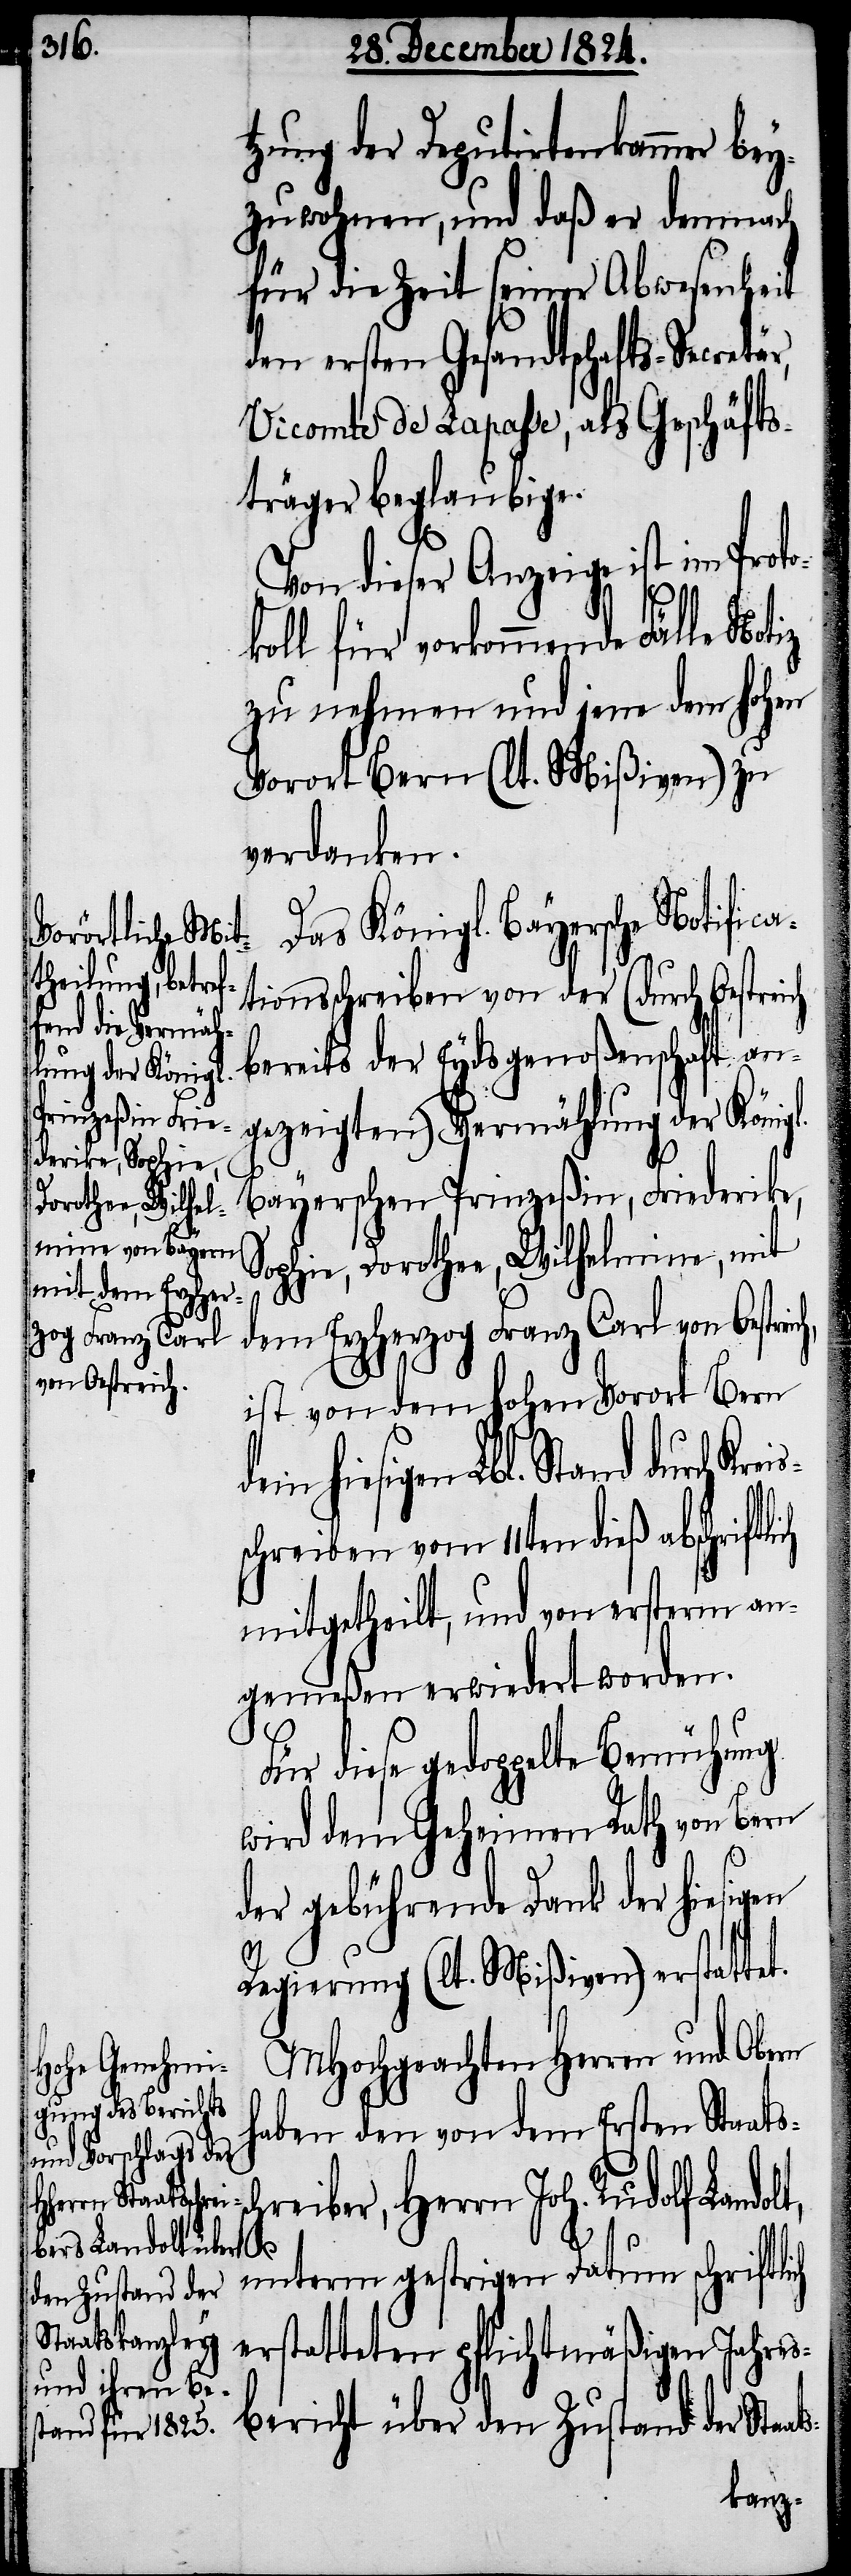
tzung der Deputirtenkammer be¬
yzuwohnen, und daß er demnach
für die Zeit seiner Abwesenheit
den ersten Gesandtschafts-Secretär,
Vicomte de Lapasse, als Geschäfts¬
träger beglaubige.
Von dieser Anzeige ist im Proto¬
koll für vorkommende Fälle Notiz
zu nehmen und jene dem hohen
Vorort Bern (lt. Mißiven) zu
verdanken.
Lbl. Stand durch Kreis¬
tionsschreiben von der (durch Oestrei¬
bereits der Eydsgenoßenschaft an¬
gezeigten) Vermählung der Köni¬
Bayerschen Prinzeßin, Friederike,
Sophie, Dorothee, Wilhelmine, mit
dem Erzherzog Franz Carl von Oestre¬
ist von dem hohen Vorort Bern
schreiben vom 11ten dieß abschriftl¬
mitgetheilt, und von ersterm an¬
gemeßen erwiedert worden.
Für diese gedoppelte Bemühung
wird dem Geheimen Rath von Bern
sc¬
der gebührende Dank der hiesigen
ats-
Regierung (lt. Mißiven) erstattet.
MHochgeachten Herren und Obern
dem hiesigen
haben den von dem Ersten Staats¬
hreiber, Herrn Joh. Rudolf Landol¬
unterm gestrigen Datum schriftlich
erstatteten pflichtmäßigen Jahres¬
bericht über den Zustand der Sta¬